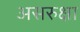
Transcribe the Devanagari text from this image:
असरुक्षा